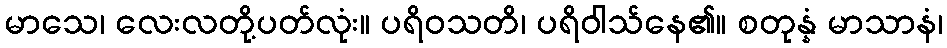
မာသေ၊ လေးလတို့ပတ်လုံး။ ပရိဝသတိ၊ ပရိဝါသ်နေ၏။ စတုန္နံ မာသာနံ၊